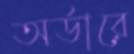
অর্ডারে